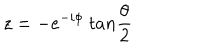
z = - e ^ { - i \phi } ~ t a n \frac { \theta } { 2 }